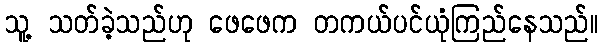
သူ့ သတ်ခဲ့သည်ဟု ဖေဖေက တကယ်ပင်ယုံကြည်နေသည်။